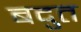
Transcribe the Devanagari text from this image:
बदुत